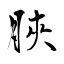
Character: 脥